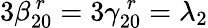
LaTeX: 3\beta_{20}^{\, r}=3\gamma_{20}^{\, r}=\lambda_{2}